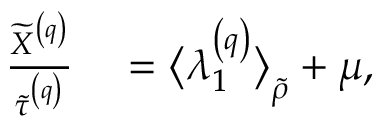
\begin{array} { r l } { \frac { \widetilde { X } ^ { \left( q \right) } } { \widetilde { \tau } ^ { \left( q \right) } } } & { { } = \big \langle \lambda _ { 1 } ^ { \left( q \right) } \big \rangle _ { \widetilde { \rho } } + \mu , } \end{array}